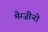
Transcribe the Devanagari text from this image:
मैग्ज़ीनो